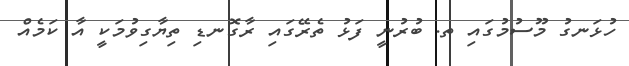
ހުޅަނގު މޫސުމުގައި ތ. ބުރުނީ ފަޅު ތެރޭގައި ރާގޮނޑި ތިޔާގިވުމަކީ އާ ކަމެއް